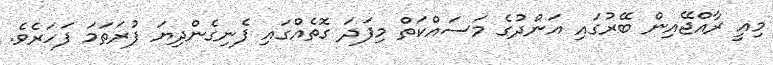
މިއީ ރާއްޖޭއިން ބޭރުގައި އަންދުގެ މަސައްކަތް މިފަދަ ގޮތެއްގައި ފެނިގެންދިޔަ ފުރަތަމަ ފަހަރެވެ.